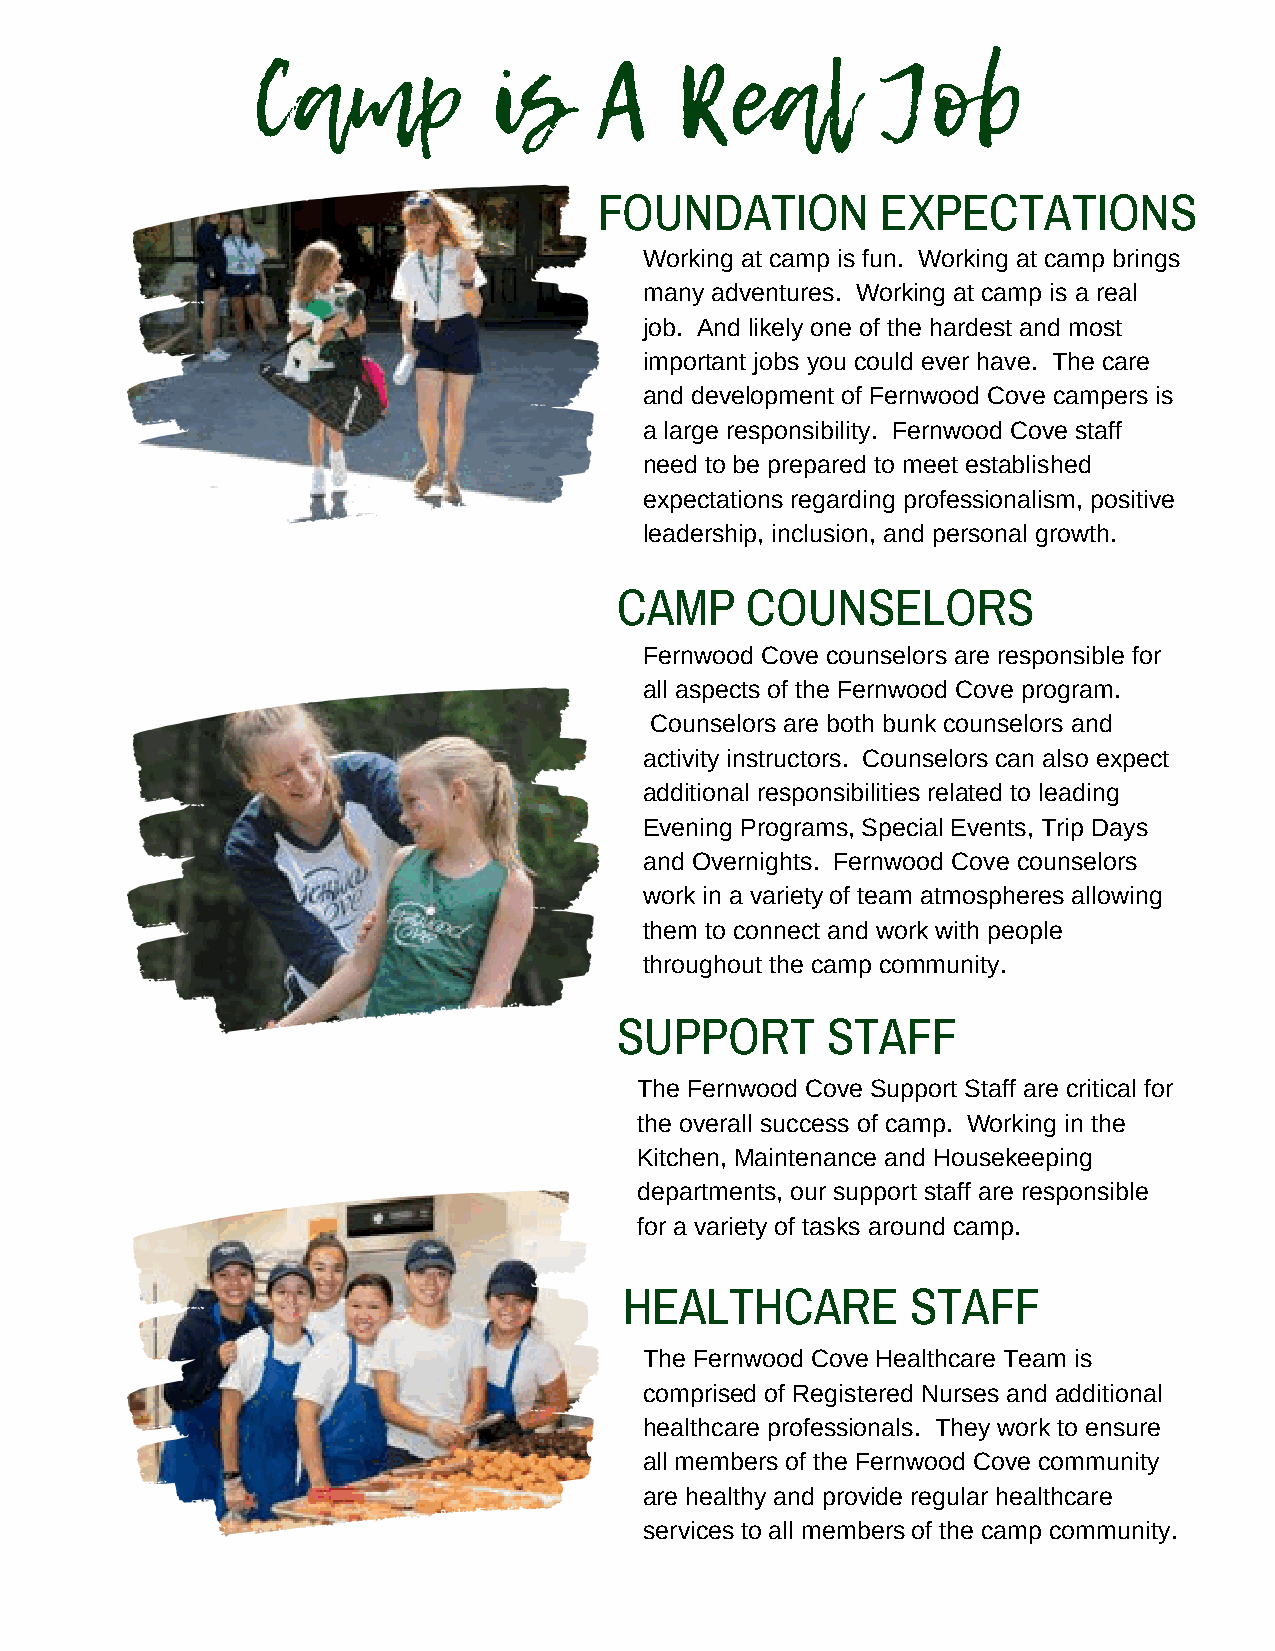
Camp            is     A    Real         Job
 FOUNDATION        EXPECTATIONS
 Working at camp is fun. Working at camp brings
 many adventures. Working at camp is a real
 job. And likely one of the hardest and most
 important jobs you could ever have. The care
 and development of Fernwood Cove campers is
 a large responsibility. Fernwood Cove staff
 need to be prepared to meet established
 expectations regarding professionalism, positive
 leadership, inclusion, and personal growth.
 CAMP    COUNSELORS
 Fernwood Cove counselors are responsible for
 all aspects of the Fernwood Cove program.
 Counselors are both bunk counselors and
 activity instructors. Counselors can also expect
 additional responsibilities related to leading
 Evening Programs, Special Events, Trip Days
 and Overnights. Fernwood Cove counselors
 work in a variety of team atmospheres allowing
 them to connect and work with people
 throughout the camp community.
 SUPPORT       STAFF
 The Fernwood Cove Support Staff are critical for
 the overall success of camp. Working in the
 Kitchen, Maintenance and Housekeeping
 departments, our support staff are responsible
 for a variety of tasks around camp.
 HEALTHCARE         STAFF
 The Fernwood Cove Healthcare Team is
 comprised of Registered Nurses and additional
 healthcare professionals. They work to ensure
 all members of the Fernwood Cove community
 are healthy and provide regular healthcare
 services to all members of the camp community.